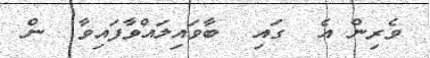
ވެރިން އެ  ގައި  ބާވައިލައްވާފައިވާ  ން